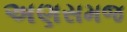
અણસમજ